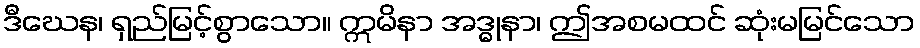
ဒီဃေန၊ ရှည်မြင့်စွာသော။ ဣမိနာ အဒ္ဓုနာ၊ ဤအစမထင် ဆုံးမမြင်သော